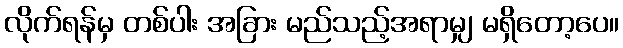
လိုက်ရန်မှ တစ်ပါး အခြား မည်သည့်အရာမျှ မရှိတော့ပေ။